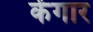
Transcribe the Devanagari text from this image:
केंगार